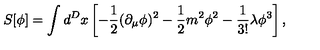
S [ \phi ] = \int d ^ { D } x \left[ - { \frac { 1 } { 2 } } ( \partial _ { \mu } \phi ) ^ { 2 } - { \frac { 1 } { 2 } } m ^ { 2 } \phi ^ { 2 } - { \frac { 1 } { 3 ! } } \lambda \phi ^ { 3 } \right] ,